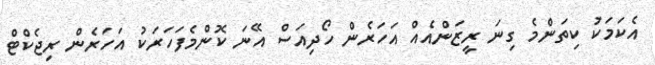
އެކަމަކު ކިތަންމެ ގިނަ ރީޒަންއެއް އަހަރެން ހޯދިއަސް އޭނަ ކޮންމެފަހަރަކު އަހަރެން ރިޖެކްޓް